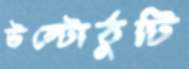
উল্টোঠুটি